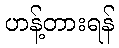
ဟန့်တားရန်